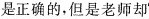
是正确的，但是老师却